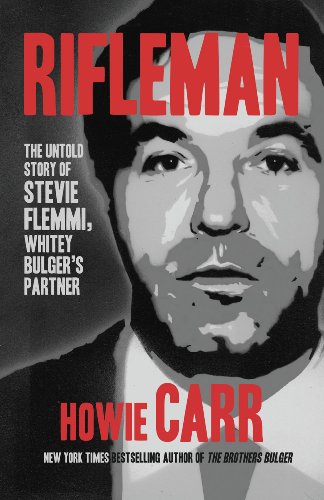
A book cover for Rifleman; Howie Carr; Biographies & Memoirs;